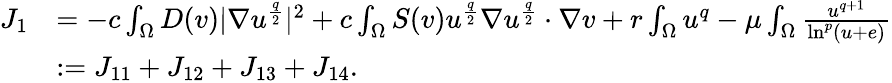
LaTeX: \begin{array}{rl}{J_{1}}&{=-c\int_{\Omega}D(v)|\nabla u^{\frac{q}{2}}|^{2}+c\int_{\Omega}S(v)u^{\frac{q}{2}}\nabla u^{\frac{q}{2}}\cdot\nabla v+r\int_{\Omega}u^{q}-\mu\int_{\Omega}\frac{u^{q+1}}{\ln^{p}(u+e)}}\\ &{:=J_{11}+J_{12}+J_{13}+J_{14}.}\end{array}